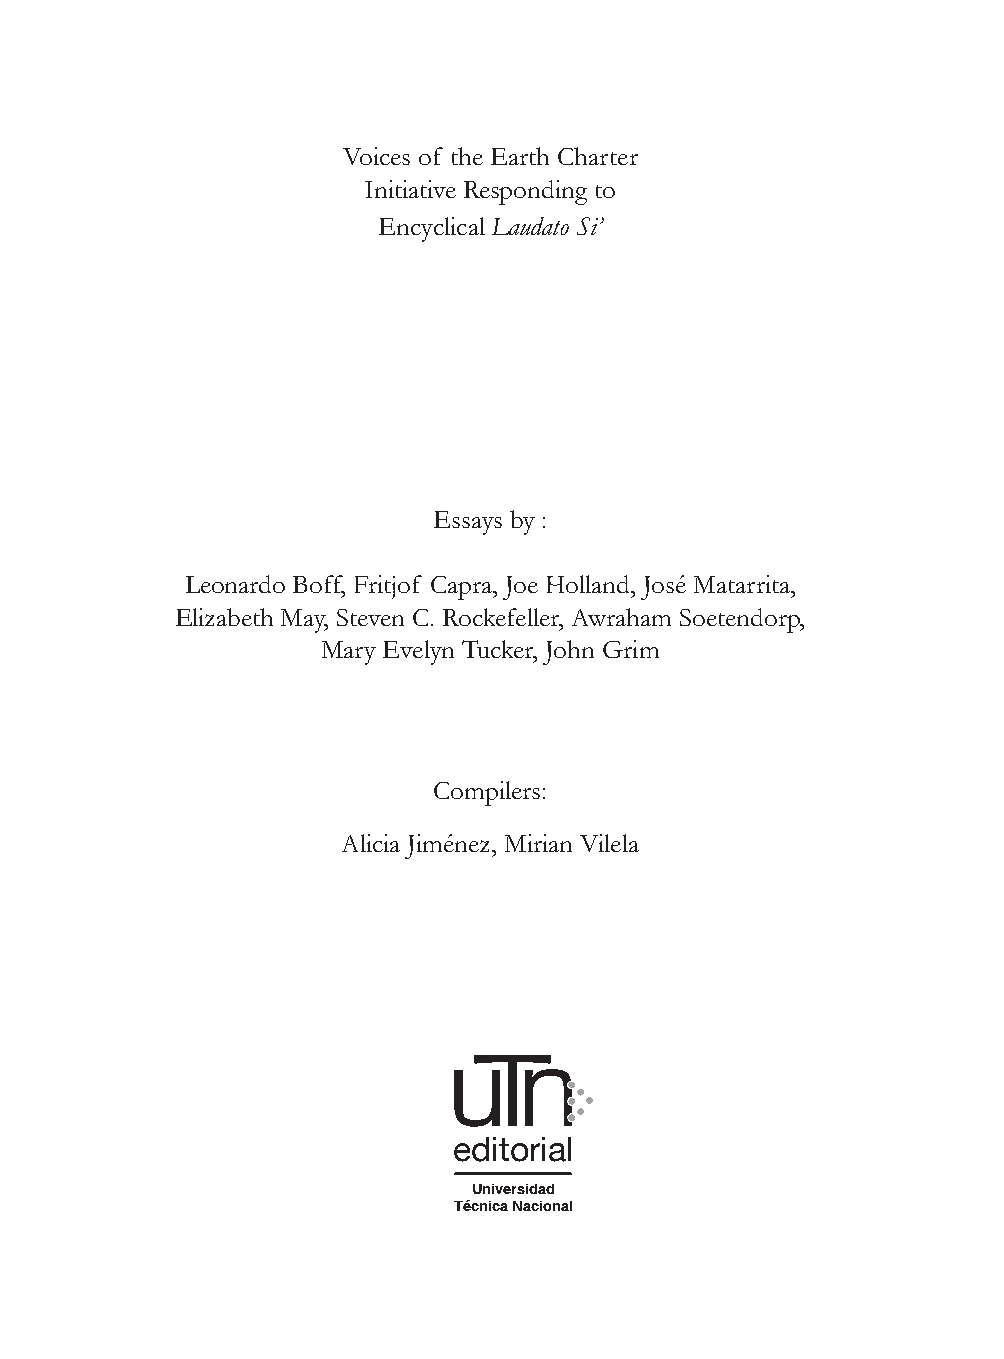
Voices of the Earth Charter
 Initiative Responding to
 Encyclical Laudato Si’
 Essays by :
 Leonardo Boff, Fritjof Capra, Joe Holland, José Matarrita,
 Elizabeth May, Steven C. Rockefeller, Awraham Soetendorp,
 Mary Evelyn Tucker, John Grim
 Compilers:
 Alicia Jiménez, Mirian Vilela
 editorial
 Universidad
 Técnica Nacional